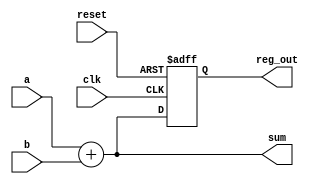
module example (
    input wire clk,            // Clock input
    input wire reset,          // Asynchronous reset
    input wire [3:0] a,       // 4-bit input a
    input wire [3:0] b,       // 4-bit input b
    output reg [3:0] sum,     // 4-bit output for the sum
    output reg [3:0] reg_out   // 4-bit output for the register
);

// Combinational Logic Block
always @* begin
    sum = a + b;  // Simple addition of inputs a and b
end

// Sequential Logic Block
always @(posedge clk or posedge reset) begin
    if (reset) begin
        reg_out <= 4'b0000;  // Reset the register output to 0
    end else begin
        reg_out <= sum;      // Store the sum in the register on clock edge
    end
end

endmodule